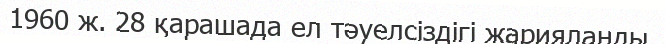
1960 ж. 28 қарашада ел тәуелсіздігі жарияланды.